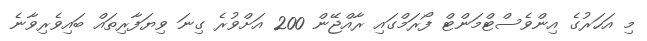
މި އަހަރުގެ އިންވެސްޓްމަންޓް ފޯރަމްގައި ރާއްޖޭން 200 އަށްވުރެ ގިނަ ވިޔަފާރިތައް ބައިވެރިވާނެ